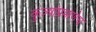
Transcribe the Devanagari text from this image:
कुत्र्यांप्रमाणेच